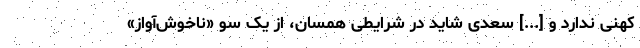
کهنی ندارد و [...] سعدی شاید در شرایطی همسان، از یک سو «ناخوش‌آواز»